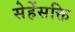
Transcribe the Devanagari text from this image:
सेहेंसक्ति